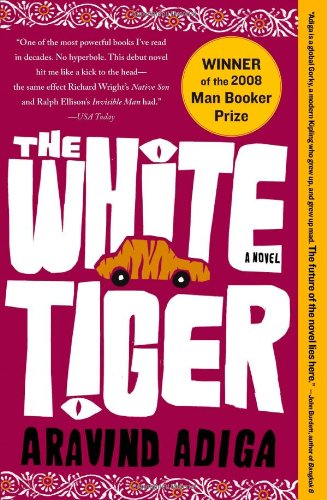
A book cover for The White Tiger: A Novel; Aravind Adiga; Literature & Fiction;